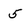
Character: 5